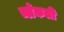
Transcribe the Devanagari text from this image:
ब्लेकली